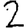
Digit: 2